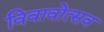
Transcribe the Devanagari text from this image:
विवावोत्सव